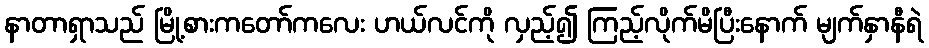
နာတာရှာသည် မြို့စားကတော်ကလေး ဟယ်လင်ကို လှည့်၍ ကြည့်လိုက်မိပြီးနောက် မျက်နှာနီရဲ